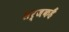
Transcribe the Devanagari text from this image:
सर्जकहैं